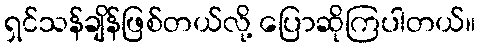
ရှင်သန်ချိန်ဖြစ်တယ်လို့ ပြောဆိုကြပါတယ်။